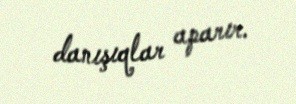
danışıqlar aparır.